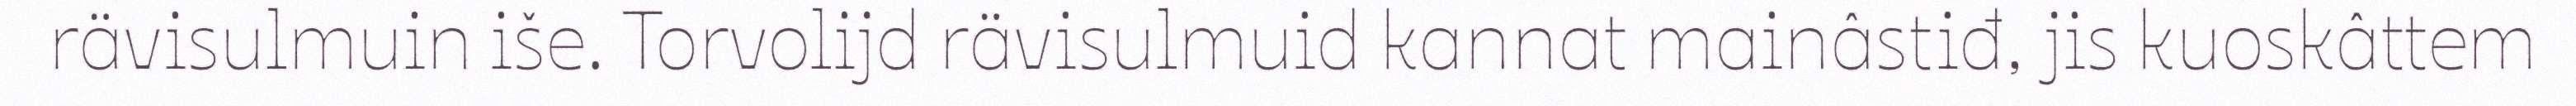
rävisulmuin iše. Torvolijd rävisulmuid kannat mainâstiđ, jis kuoskâttem